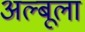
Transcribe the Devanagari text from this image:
अल्बूला